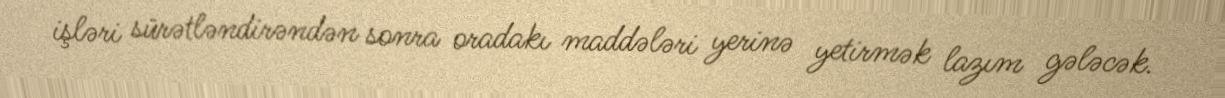
işləri sürətləndirəndən sonra oradakı maddələri yerinə yetirmək lazım gələcək.